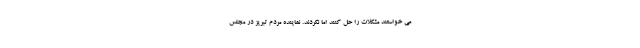
می خواستند مشکلات را حل کنند اما نکردند. نماینده مردم تبریز در مجلس